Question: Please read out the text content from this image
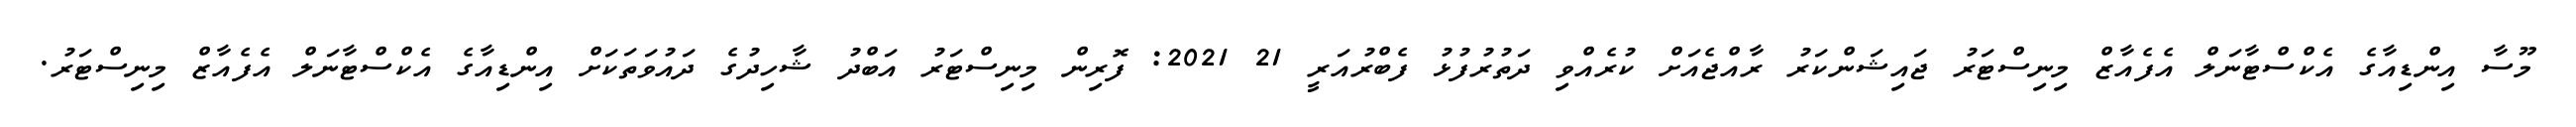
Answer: މޫސާ އިންޑިއާގެ އެކްސްޓާނަލް އެފެއާޒް މިނިސްޓަރު ޖައިޝަންކަރު ރާއްޖެއަށް ކުރެއްވި ދަތުރުފުޅު ފެބްރުއަރީ 21 2021: ފޮރިން މިނިސްޓަރު އަބްދު ޝާހިދުގެ ދައުވަތަކަށް އިންޑިއާގެ އެކްސްޓާނަލް އެފެއާޒް މިނިސްޓަރު.